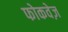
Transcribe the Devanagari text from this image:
फोकवेज़